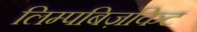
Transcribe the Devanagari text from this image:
लिम्पबिज़किट